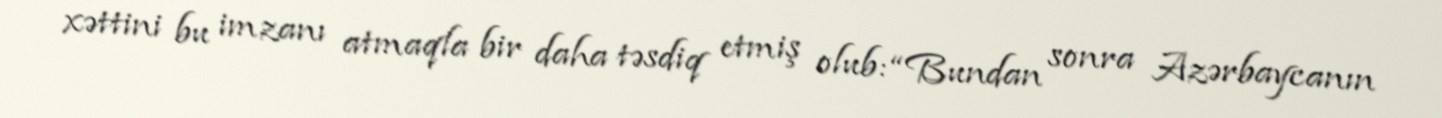
xəttini bu imzanı atmaqla bir daha təsdiq etmiş olub: “Bundan sonra Azərbaycanın